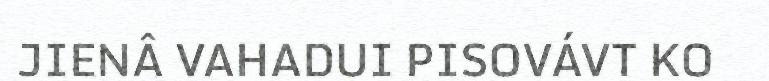
JIENÂ VAHADUI PISOVÁVT KO